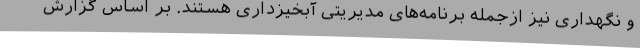
و نگهداری نیز ازجمله برنامه‌های مدیریتی آبخیزداری هستند. بر اساس گزارش